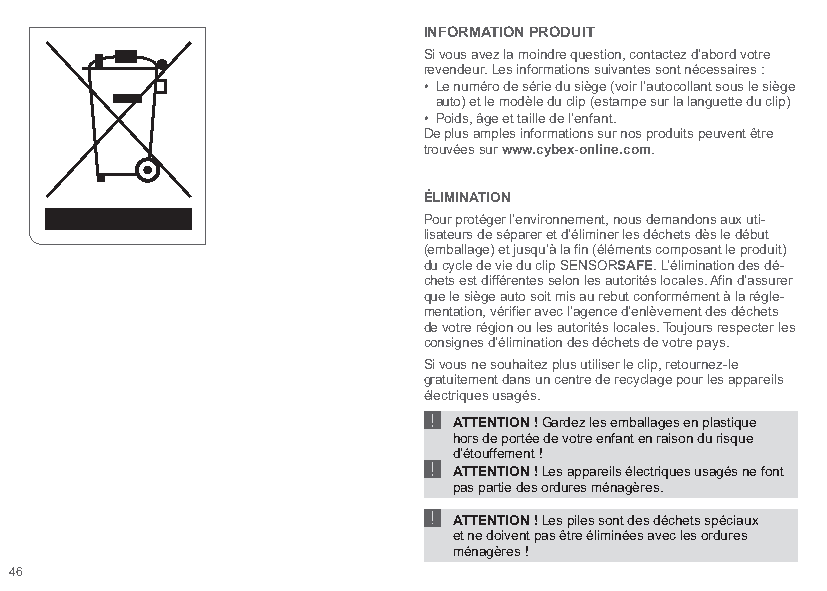
INFORMATION PRODUIT
 Si vous avez la moindre question, contactez d’abord votre
 revendeur. Les informations suivantes sont nécessaires :
 • Le numéro de série du siège (voir l’autocollant sous le siège
 auto) et le modèle du clip (estampe sur la languette du clip)
 • Poids, âge et taille de l’enfant.
 De plus amples informations sur nos produits peuvent être
 trouvées sur www.cybex-online.com.
 ÉLIMINATION
 Pour protéger l’environnement, nous demandons aux uti-
 lisateurs de séparer et d’éliminer les déchets dès le début
 (emballage) et jusqu’à la fin (éléments composant le produit)
 du cycle de vie du clip SENSORSAFE. L’élimination des dé-
 chets est différentes selon les autorités locales. Afin d’assurer
 que le siège auto soit mis au rebut conformément à la régle-
 mentation, vérifier avec l’agence d’enlèvement des déchets
 de votre région ou les autorités locales. Toujours respecter les
 consignes d’élimination des déchets de votre pays.
 Si vous ne souhaitez plus utiliser le clip, retournez-le
 !gratuitement dans un centre de recyclage pour les appareils
 éle ctriques usagés.
 ! ATTENTION ! Gardez les emballages en plastique
 hors de portée de votre enfant en raison du risque
 d’étouffement !
 ! ATTENTION ! Les appareils électriques usagés ne font
 pas partie des ordures ménagères.
 ATTENTION ! Les piles sont des déchets spéciaux
 et ne doivent pas être éliminées avec les ordures
 ménagères !
 46